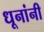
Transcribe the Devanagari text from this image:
धूनांनी